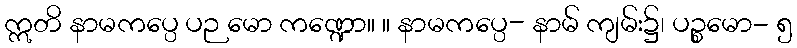
ဣတိ နာမကပ္ပေ ပဉ မော ကဏ္ဍော။ ။ နာမကပ္ပေ- နာမ် ကျမ်း၌၊ ပဉ္စမော- ၅